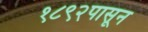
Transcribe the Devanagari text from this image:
१८९२पासून